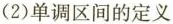
(2)单调区间的定义